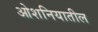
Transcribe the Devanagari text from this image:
ओशनियातील